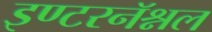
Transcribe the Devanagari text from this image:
इण्टरनॅश्नल